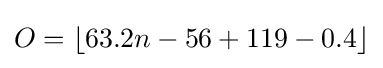
O=\left\lfloor 63.2n-56+119-0.4\right\rfloor